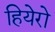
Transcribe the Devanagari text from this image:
हियेरो